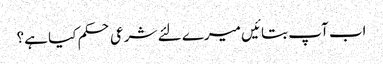
اب آپ بتائیں میرے لئے شرعی حکم کیا ہے؟